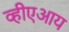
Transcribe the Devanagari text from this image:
व्हीएआय